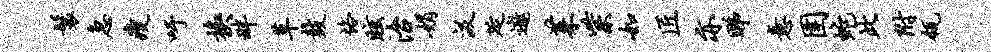
鬟急瘦吁换畔草鼓恪眩治娟汲延遨茱紫如匠亦睇意圉蛇此附瓴